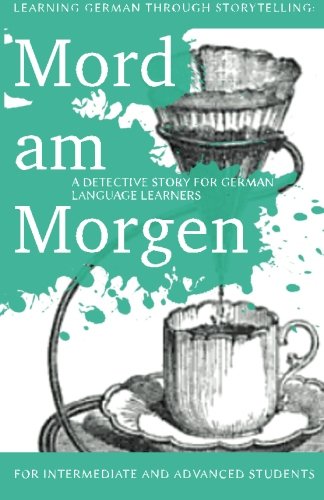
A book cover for Learning German through Storytelling: Mord Am Morgen - a detective story for German language learners (includes exercises): for intermediate and ... & Momsen) (Volume 1) (German Edition); AndrÃ© Klein; Mystery, Thriller & Suspense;